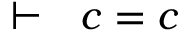
\vdash \ \ c = c